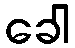
ခေါ